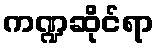
ကဏ္ဍဆိုင်ရာ